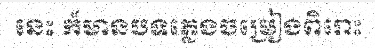
នេះ ក៏មានបទភ្លេងចម្រៀងពិរោះ